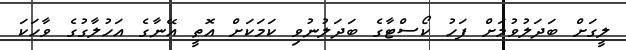
ލީގަށް ބަދަލުވުމަށް ފަހު ކޯސްޓާގެ ބަދަލުނުވި ކަމަކަށް އޮތީ އޭނާގެ އަހުލާގުގެ ވާހަކަ